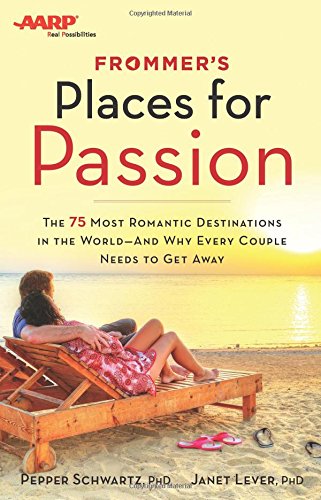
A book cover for Frommer's/AARP Places for Passion: The 75 Most Romantic Destinations in the World - and Why Every Couple Needs to Get Away; Pepper Schwartz; Travel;